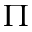
\Pi